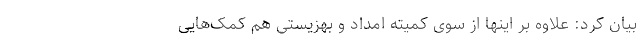
بیان کرد: علاوه بر اینها از سوی کمیته امداد و بهزیستی هم کمک‌هایی